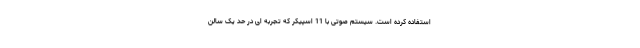
استفاده کرده است. سیستم صوتی با 11 اسپیکر که تجربه ای در حد یک سالن